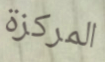
المركزة